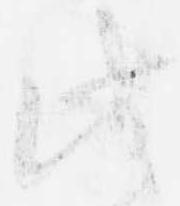
此